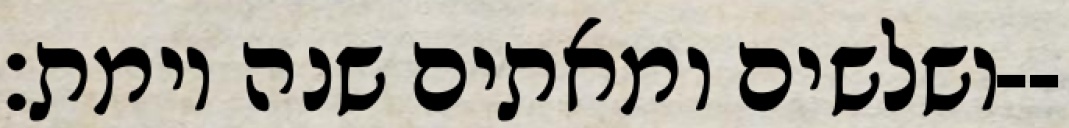
ושלשים ומאתים שנה וימת׃--